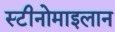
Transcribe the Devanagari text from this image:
स्टीनोमाइलान